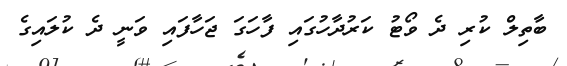
ބާތިލް ކުރި ދެ ވޯޓު ކަރުދާހުގައި ފާހަގަ ޖަހާފައި ވަނީ ދެ ކުލައިގެ